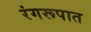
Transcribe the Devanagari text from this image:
रंगरूपात